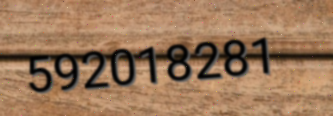
592018281